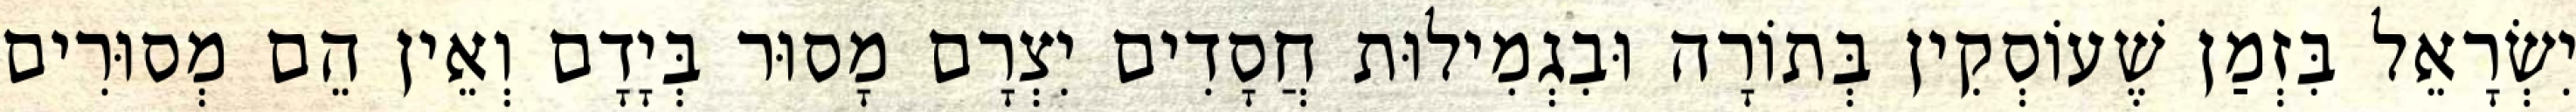
יִשְׂרָאֵל בִּזְמַן שֶׁעוֹסְקִין בְּתוֹרָה וּבִגְמִילוּת חֲסָדִים יִצְרָם מָסוּר בְּיָדָם וְאֵין הֵם מְסוּרִים